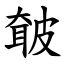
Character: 㿴